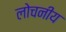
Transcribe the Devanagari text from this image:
लोचनीय